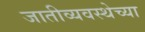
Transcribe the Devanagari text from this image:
जातीव्यवस्थेच्या